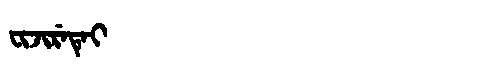
Manchu: ᠸᡳᠵᡳᡵᡝᡨᡝᡳ
Romanization: FIJIRETEI